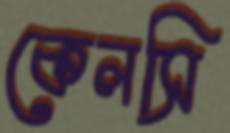
কেলসি